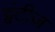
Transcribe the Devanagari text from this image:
ट्वंटीज़